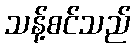
သန့်စင်သည်